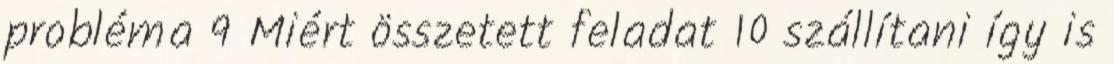
probléma 9 Miért összetett feladat 10 szállítani így is